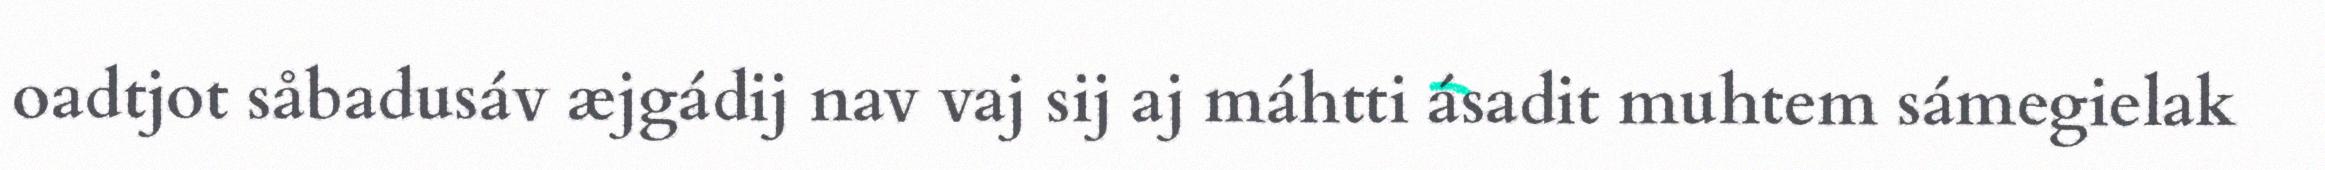
oadtjot såbadusáv æjgádij nav vaj sij aj máhtti ásadit muhtem sámegielak